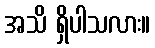
အသိ ရှိပါသလား။